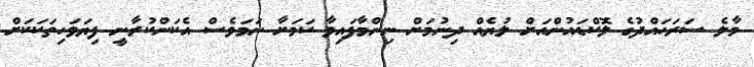
މާލެ ސަރަހައްދުގެ ލޮކްޑައުންއަށް ލުޔެއް ދިނުމަށް ނިންމާފައިވާ ކަމަށާ ނަމަވެސް އެކަންކުރާނީ ފިޔަވަހިތަކަކަށް